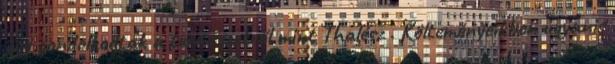
úgy gondolkodtak a természetről mint Thalész . Költeményeikben ugyanis